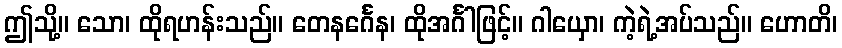
ဤသို့။ သော၊ ထိုရဟန်းသည်။ တေနင်္ဂေန၊ ထိုအင်္ဂါဖြင့်။ ဂါယှော၊ ကဲ့ရဲ့အပ်သည်။ ဟောတိ၊